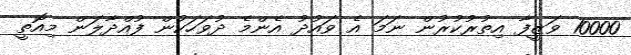
10000 ވަޒީފާ އިތުރުކުރުން ނަމަ އެ ވައުދު އެންމެ ދުވަހަކުން ފުއްދާލަން މިއޮތީ